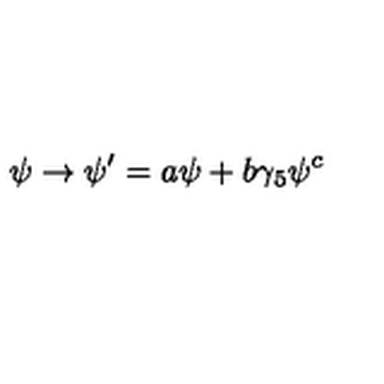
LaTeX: \psi \rightarrow \psi ^ { \prime } = a \psi + b \gamma _ { 5 } \psi ^ { c }